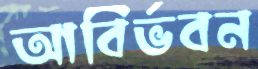
আবির্ভবন